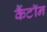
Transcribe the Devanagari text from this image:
कैंटॉन